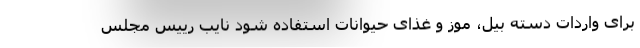
برای واردات دسته بیل، موز و غذای حیوانات استفاده شود نایب رییس مجلس